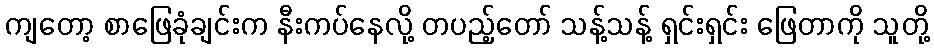
ကျတော့ စာဖြေခုံချင်းက နီးကပ်နေလို့ တပည့်တော် သန့်သန့် ရှင်းရှင်း ဖြေတာကို သူတို့